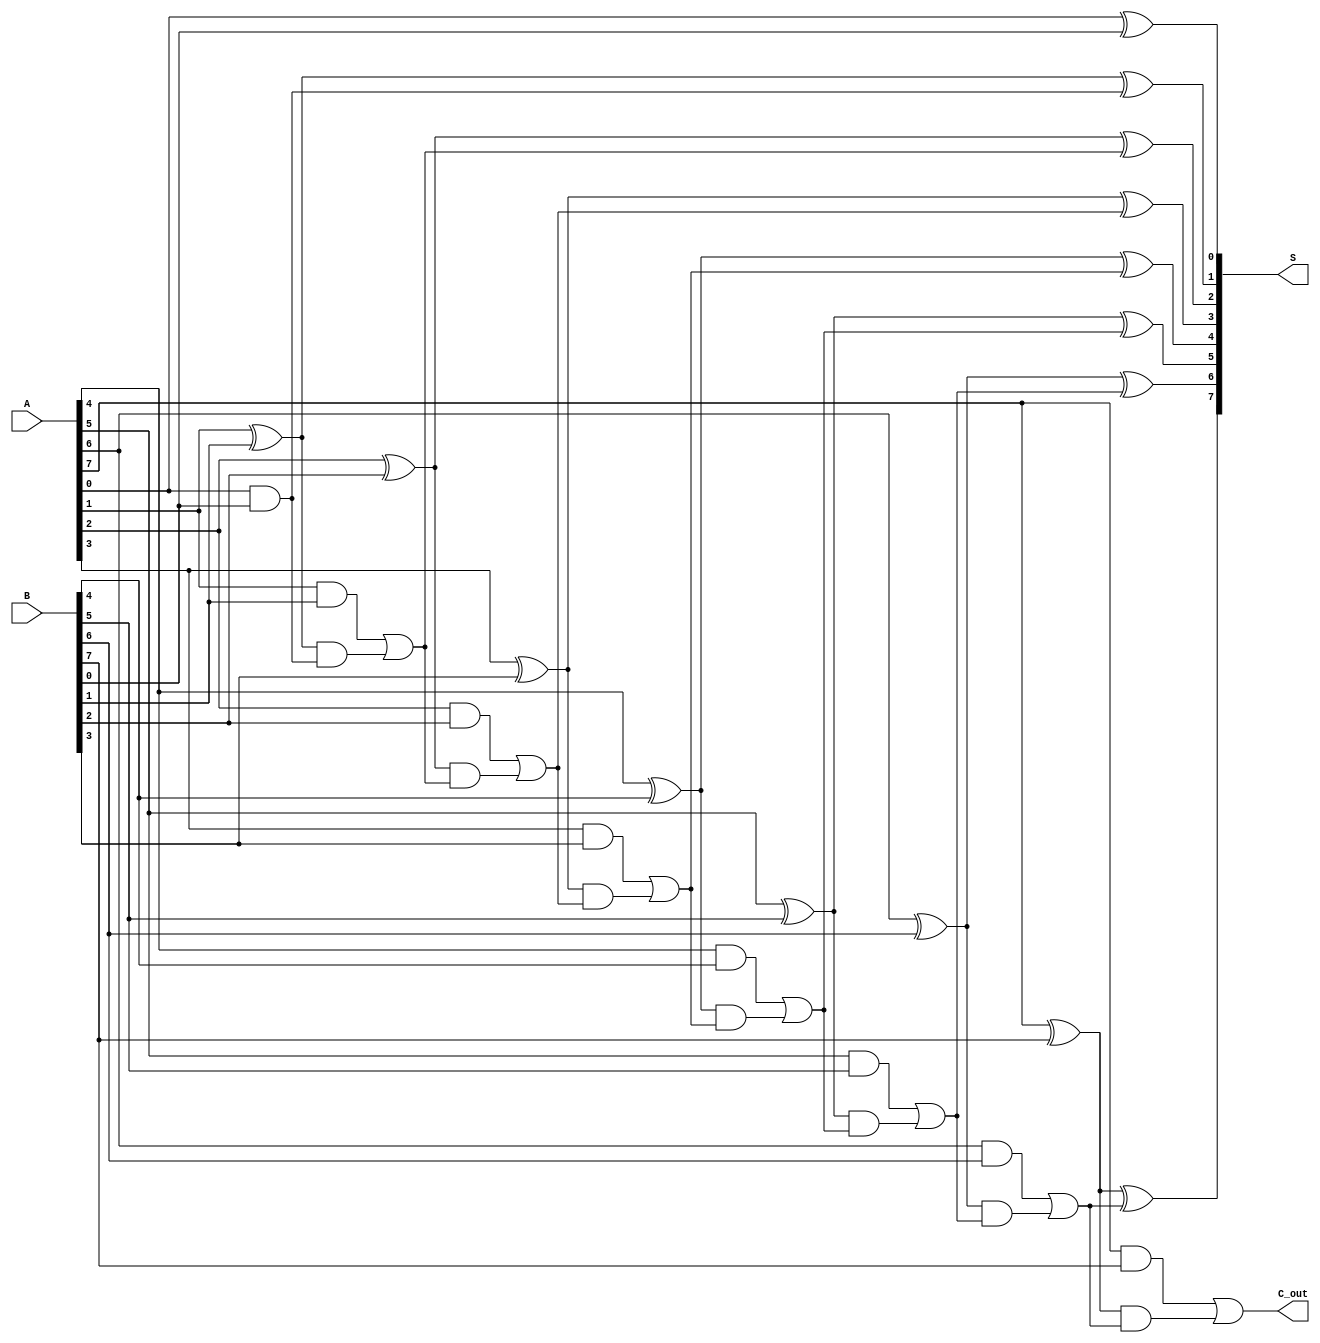
module BrentKungAdder #(parameter n = 8) (
    input  [n-1:0] A,    // First n-bit input
    input  [n-1:0] B,    // Second n-bit input
    output [n-1:0] S,    // n-bit sum output
    output C_out         // Carry out
);

    // Internal signals for propagate and generate
    wire [n-1:0] P; // Propagate
    wire [n-1:0] G; // Generate
    wire [n:0] C;   // Carry signals

    // Preprocessing stage: Compute P and G
    genvar i;
    generate
        for (i = 0; i < n; i = i + 1) begin : pg_gen
            assign P[i] = A[i] ^ B[i]; // Propagate
            assign G[i] = A[i] & B[i]; // Generate
        end
    endgenerate

    // Carry generation using Brent-Kung method
    assign C[0] = 1'b0; // Initial carry (C[-1] is considered 0)
    assign C[1] = G[0]; // C[1] = G[0]

    // Stage 1
    generate
        for (i = 1; i < n; i = i + 1) begin : stage1
            assign C[i + 1] = G[i] | (P[i] & C[i]);
        end
    endgenerate

    // Final carry out
    assign C_out = C[n];

    // Sum calculation
    generate
        for (i = 0; i < n; i = i + 1) begin : sum_gen
            assign S[i] = P[i] ^ C[i]; // Sum bits
        end
    endgenerate

endmodule